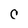
Character: C